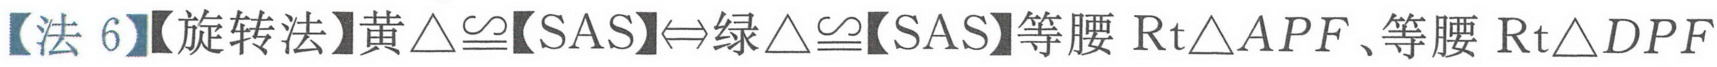
【法 6】【旋转法】黄\(\triangle\cong\)【SAS】\(\Leftrightarrow\)绿\(\triangle\cong\)【SAS】等腰\(\text{Rt}\triangle APF\)、等腰\(\text{Rt}\triangle DPF\)